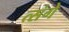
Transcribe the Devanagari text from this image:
त्संगे